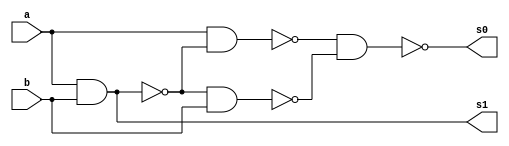
// ---------------------
// Guia 03_01 - Meia Soma
// Nome:Alvaro Henrique de Araujo Rungue
// ---------------------

// ---------------------
// -- Half Adder
// ---------------------

module meiasoma (s0, s1, a, b);
 output s0, s1;
 input  a, b;
 wire s2,s3,s4,s5;
 
 nand nandgate1 (s2, a, b);
 nand nandgate2 (s1, s2, s2);
 nand nandgate3 (s3, a, b);
 nand nandgate4 (s4, a, s3);
 nand nandgate5 (s5, s3, b);
 nand nandgate6 (s0, s4, s5);

endmodule // meia soma

// --------------------------
// -- test Half Adder
// --------------------------

module testmeiasoma;
 reg   a, b;             
 wire  s0, s1;
          // instancia
 meiasoma MEIASOMA1 (s0, s1, a, b);

 initial begin:start
      a=0; b=0;
 end

          // parte principal
 initial begin:main
      $display("Guia 03 Ex01 - Alvaro Henrique de Araujo Rungue");
      $display("Test Half Adder gate");
      $display("\n a & b = s0 s1\n");
      $monitor(" %b & %b = %b %b", a, b, s0, s1);
  #1  a=0; b=1; 
  #1  a=1; b=0; 
  #1  a=1; b=1; 
  
 end

endmodule // testmeiasoma